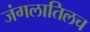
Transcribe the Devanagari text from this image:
जंगलातिलच